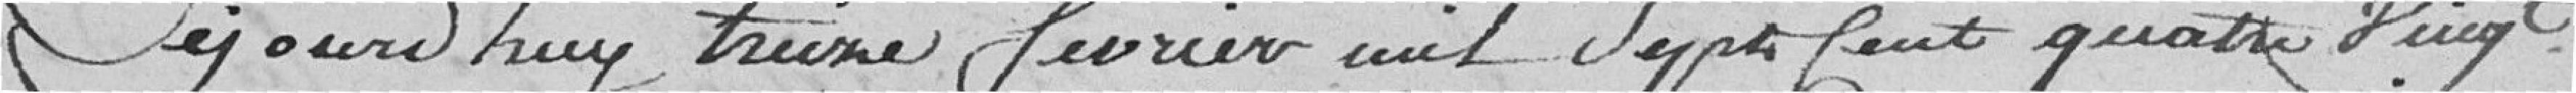
Ce jourd'huy treize février mil sept cent quatre vingt